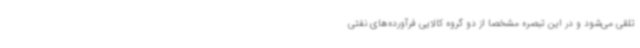
تلقی می‌شود و در این تبصره مشخصا از دو گروه کالایی فرآورده‌های نفتی